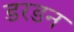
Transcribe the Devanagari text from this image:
डरडन